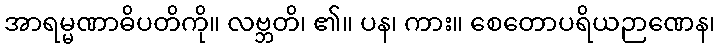
အာရမ္မဏာဓိပတိကို။ လဗ္ဘတိ၊ ၏။ ပန၊ ကား။ စေတောပရိယဉာဏေန၊